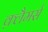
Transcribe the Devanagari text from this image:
क़्लैमर्स